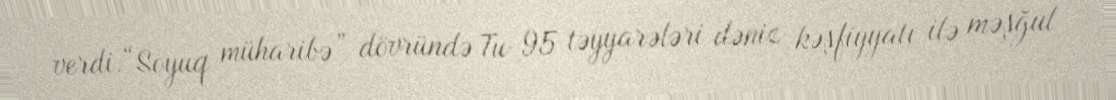
verdi.“Soyuq müharibə” dövründə Tu-95 təyyarələri dəniz kəşfiyyatı ilə məşğul